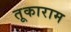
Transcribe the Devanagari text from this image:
तूकाराम